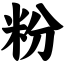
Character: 粉